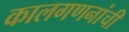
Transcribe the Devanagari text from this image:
कालगणनांची